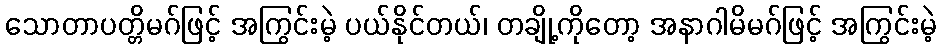
သောတာပတ္တိမဂ်ဖြင့် အကြွင်းမဲ့ ပယ်နိုင်တယ်၊ တချို့ကိုတော့ အနာဂါမိမဂ်ဖြင့် အကြွင်းမဲ့